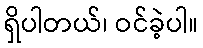
ရှိပါတယ်၊ ဝင်ခဲ့ပါ။